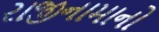
રાજીનામાનો